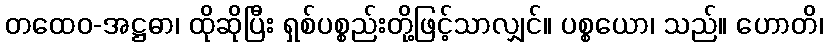
တထေဝ-အဋ္ဌဓာ၊ ထိုဆိုပြီး ရှစ်ပစ္စည်းတို့ဖြင့်သာလျှင်။ ပစ္စယော၊ သည်။ ဟောတိ၊